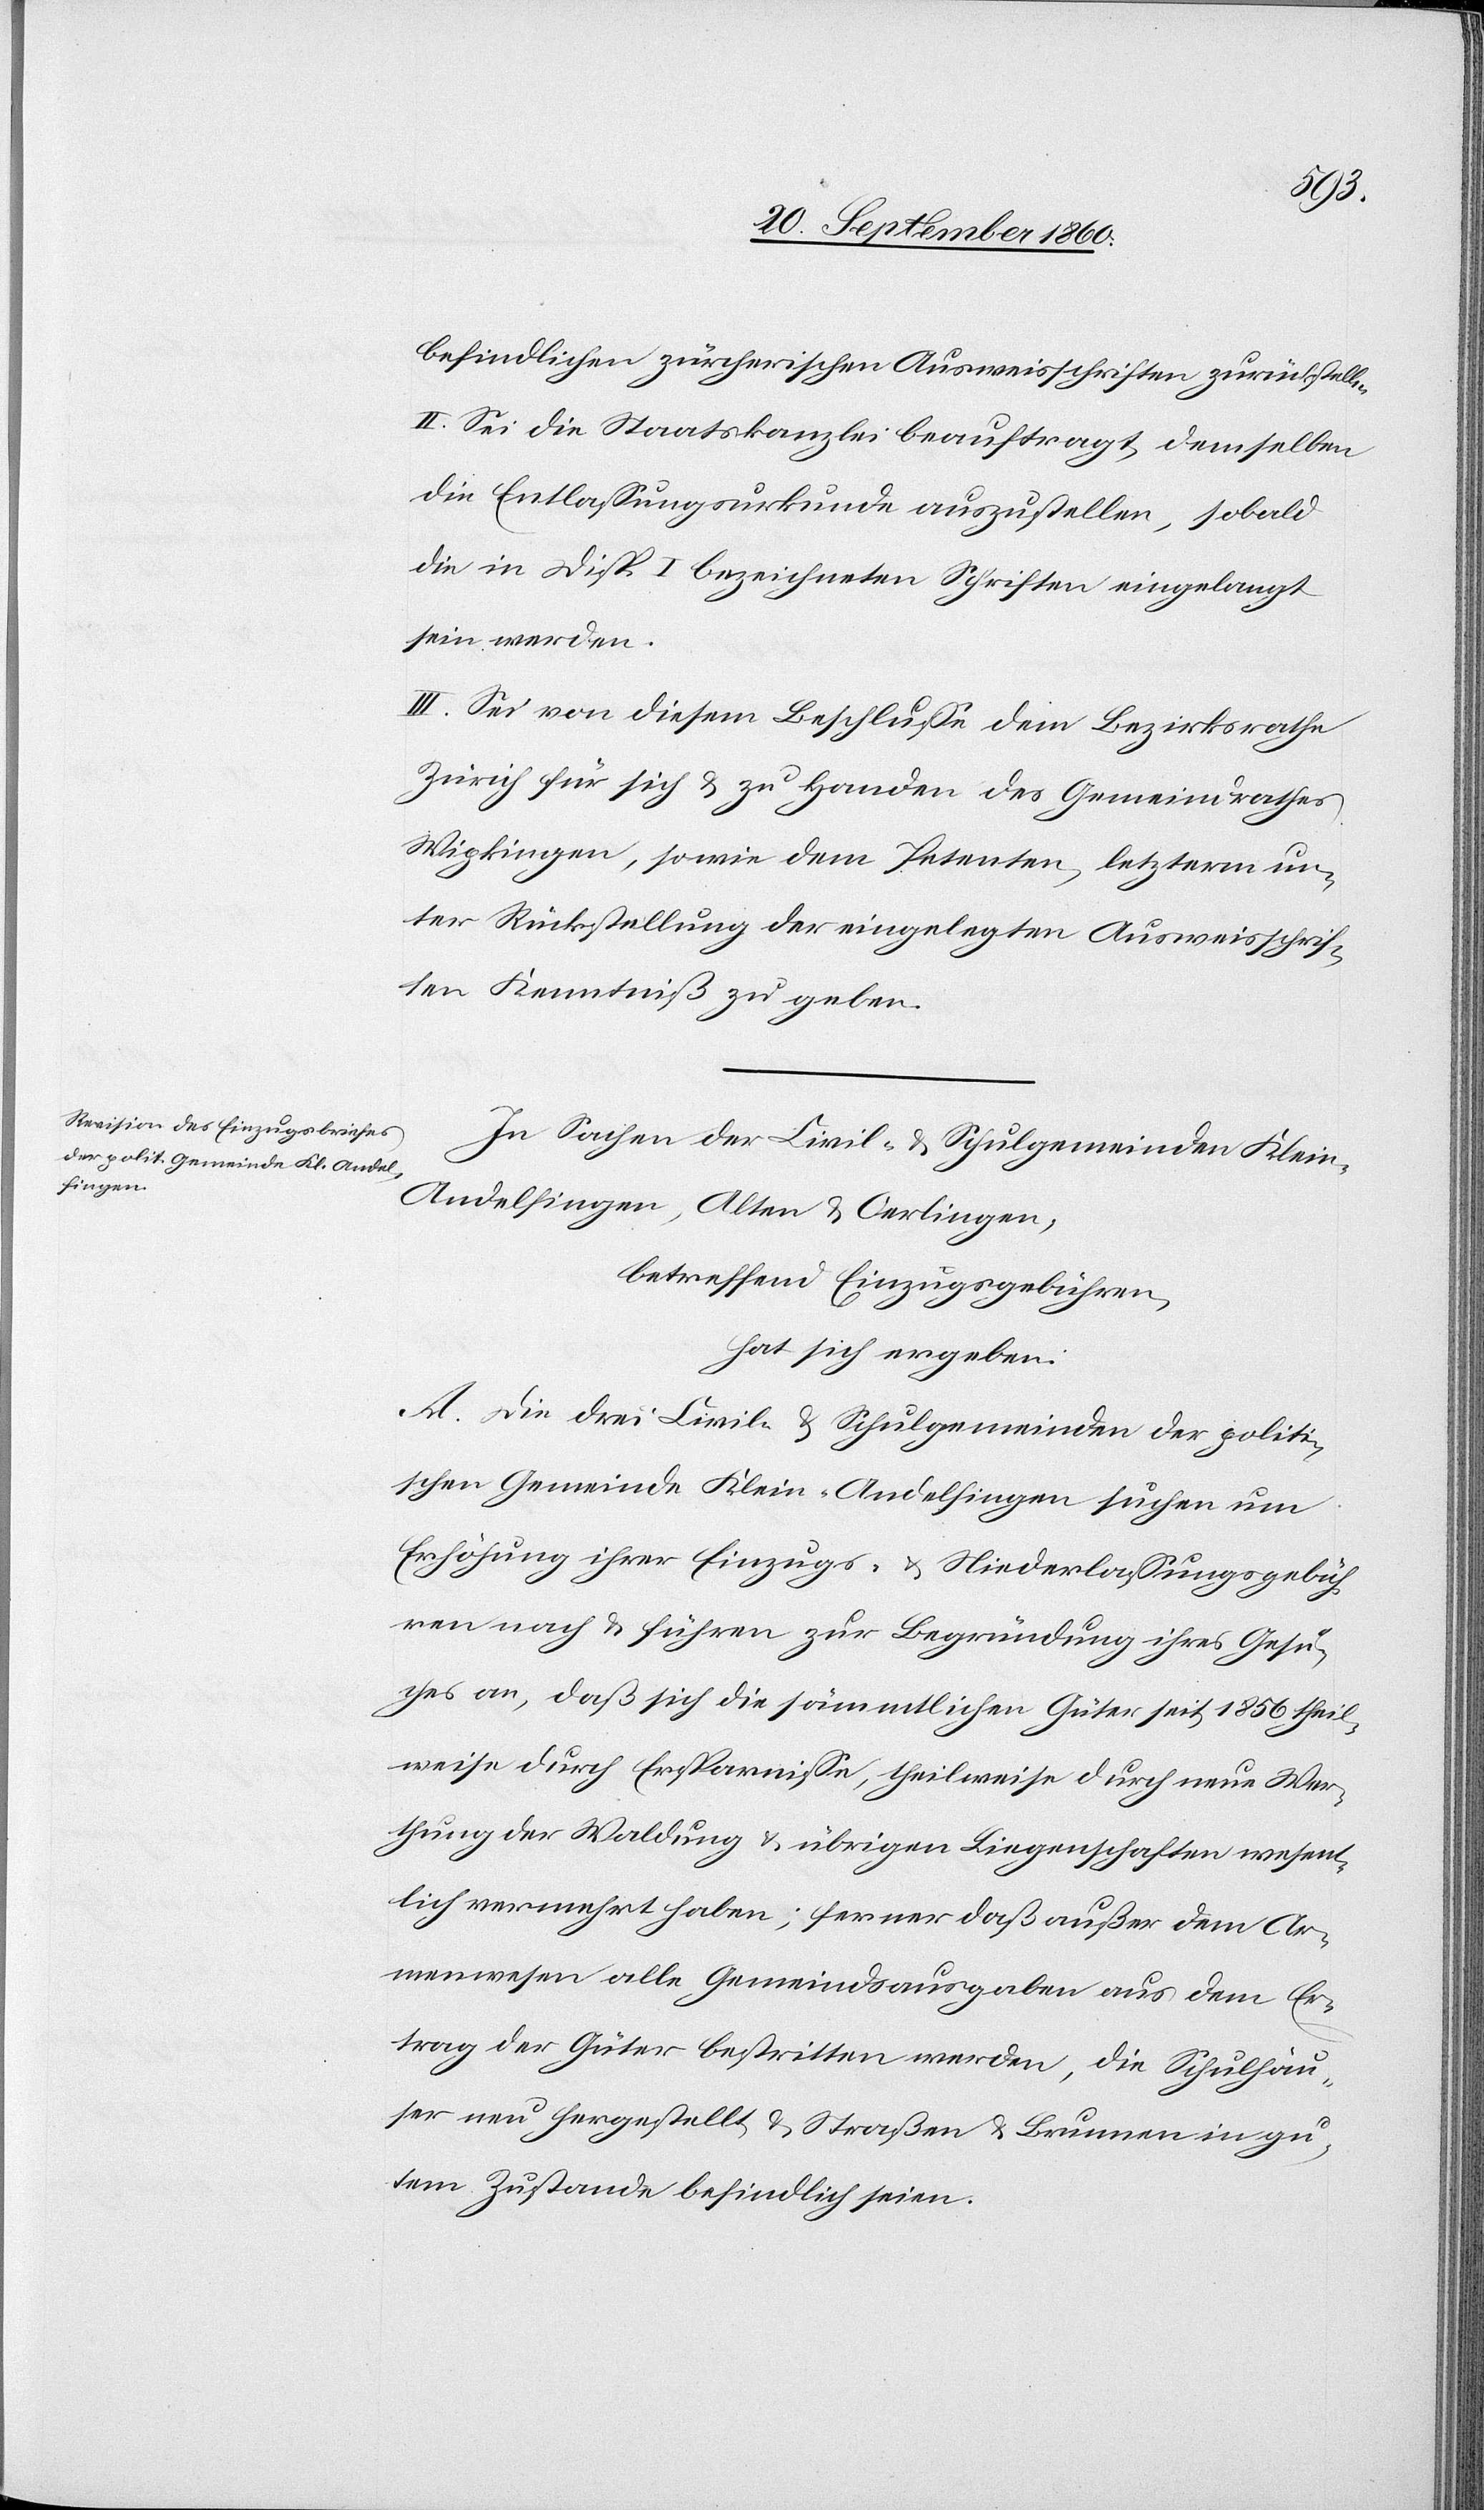
befindlichen zürcherischen Ausweisschriften zurückstellen
II. Sei die Staatskanzlei beauftragt, demselben
die Entlassungsurkunde auszustellen, sobald
die in Disp. I bezeichneten Schriften eingelangt
sein werden.
III. Sei von diesem Beschluße dem Bezirksrathe
Zürich für sich & zu Handen des Gemeindrathes
Wipkingen, sowie dem Petenten, letzterm un¬
ter Rückstellung der eingelegten Ausweisschrif¬
ten Kenntniß zu geben.
In Sachen der Civil- & Schulgemeinden Klein-A¬
ndelfingen, Alten & Oerlingen,
betreffend Einzugsgebühren,
hat sich ergeben:
A. Die drei Civil- & Schulgemeinden der politi¬
schen Gemeinde Klein-Andelfingen suchen um
Erhöhung ihrer Einzugs- & Niederlassungsgebüh¬
ren nach & führen zur Begründung ihres Gesu¬
ches an, daß sich die sämmtlichen Güter seit 1856 theil¬
weise durch Ersparnisse, theilweise durch neue Wer¬
thung der Waldung & übrigen Liegenschaften wesent¬
lich vermehrt haben; ferner daß außer dem Ar¬
menwesen alle Gemeindsausgaben aus dem Er¬
trag der Güter bestritten werden, die Schulhäu¬
ser neu hergestellt & Straßen & Brunnen in gu¬
tem Zustande befindlich seien.